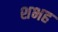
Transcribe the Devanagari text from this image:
शभह